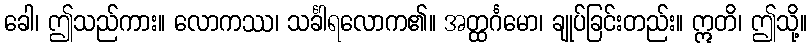
ခေါ၊ ဤသည်ကား။ လောကဿ၊ သင်္ခါရလောက၏။ အတ္ထင်္ဂမော၊ ချုပ်ခြင်းတည်း။ ဣတိ၊ ဤသို့။